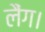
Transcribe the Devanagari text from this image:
लैंग।